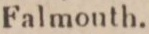
Falmonth.